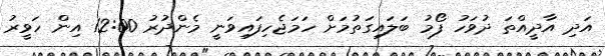
އަދި އާދީއްތަ ދުވަހު ފޯމު ބަލައިގަތުމަށް ހަމަޖެހިފައިވަނީ މެންދުރު 12:00 އިން ހަވީރު